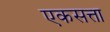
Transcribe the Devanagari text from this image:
एकसत्ता